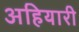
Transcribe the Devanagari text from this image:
अहियारी